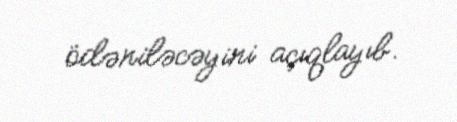
ödəniləcəyini açıqlayıb.